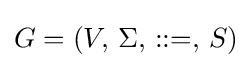
G=(V,\,\Sigma ,\,::=,\,S)